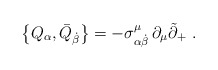
\begin{align*}\left\{ Q_\alpha ,\bar{Q}_{\dot{\beta}}\right\} =-\sigma _{\alpha \dot{\beta}}^\mu \,\partial _\mu \tilde{\partial}_{+}\,\,.\end{align*}